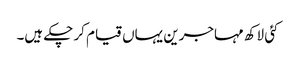
کئی لاکھ مہاجرین یہاں قیام کر چکے ہیں۔